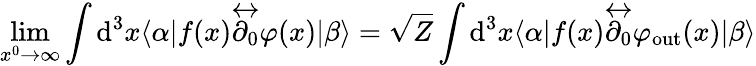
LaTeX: \operatorname*{lim}_{x^{0}\to\infty}\int\mathrm{d}^{3}x\langle\alpha|f(x){\overleftrightarrow{\partial_{0}}}\varphi(x)|\beta\rangle={\sqrt{Z}}\int\mathrm{d}^{3}x\langle\alpha|f(x){\overleftrightarrow{\partial_{0}}}\varphi_{\mathrm{out}}(x)|\beta\rangle